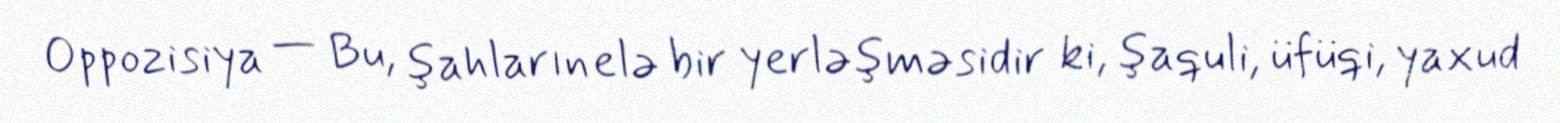
Oppozisiya — Bu, şahların elə bir yerləşməsidir ki, şaquli, üfüqi, yaxud